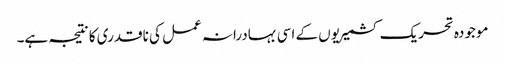
موجودہ تحریک کشمیریوں کے اسی بہادرانہ عمل کی ناقدری کا نتیجہ ہے۔